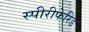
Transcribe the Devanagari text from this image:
स्पीरीफेरिड